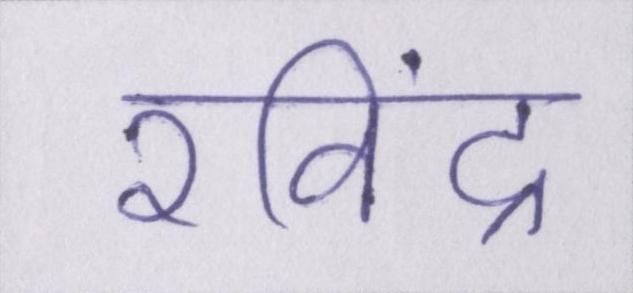
रविंद्र